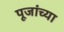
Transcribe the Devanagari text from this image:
पूजांच्या